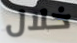
خلال